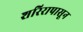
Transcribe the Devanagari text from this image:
शरिरापासून